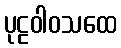
ပုဠဝါဝသထေ